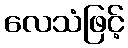
လေသံဖြင့်